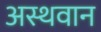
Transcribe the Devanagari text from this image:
अस्थवान